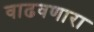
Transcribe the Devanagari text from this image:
वाढवणारा